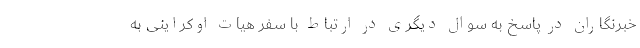
خبرنگاران در پاسخ به سوال دیگری در ارتباط با سفر هیات اوکراینی به